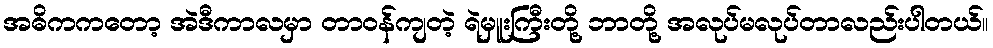
အဓိကကတော့ အဲဒီကာလမှာ တာဝန်ကျတဲ့ ရဲမှူးကြီးတို့ ဘာတို့ အလုပ်မလုပ်တာလည်းပါတယ်။